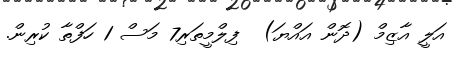
އަލީ އާޒިމް (ދޮން އައްޔަ)  ފިލްމީތަރި7 މަސް 1 ހަފްތާ ކުރިން.